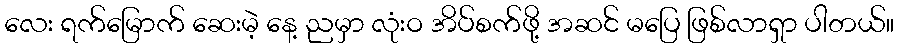
လေး ရက်မြောက် ဆေးမဲ့ နေ့ ညမှာ လုံးဝ အိပ်စက်ဖို့ အဆင် မပြေ ဖြစ်လာရှာ ပါတယ်။